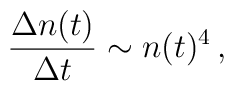
\frac{\Delta n(t)}{\Delta t}\sim n(t)^4 \,,